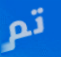
تم